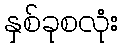
နှစ်ခုစလုံး